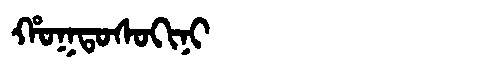
Manchu: ᡥᠣᡴᡨᠣᠰᠣᡴᡳᠨᡳ
Romanization: HOKTOSOKINI